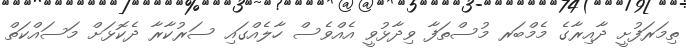
ތިމަރަފުށީ ދާއިރާގެ މެމްބަރ މުސްތަފާ ވިދާޅުވީ އެއްވެސް ހާލެއްގައި ސަރުކާރާ ދެކޮޅަށް މަސައްކަތް